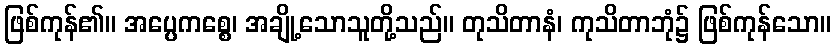
ဖြစ်ကုန်၏။ အပ္ပေကစ္စေ၊ အချို့သောသူတို့သည်။ တုသိတာနံ၊ ကုသိတာဘုံ၌ ဖြစ်ကုန်သော။